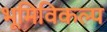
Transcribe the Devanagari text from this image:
भूमिविकल्प